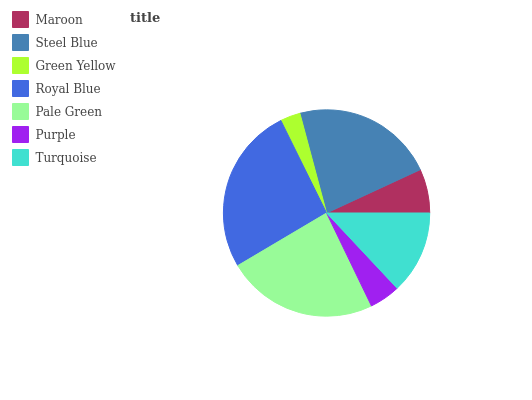
| Maroon | Steel Blue | Green Yellow | Royal Blue | Pale Green | Purple | Turquoise |
 | --- | --- | --- | --- | --- | --- | --- |
 | 6.88% | 22.3% | 3.15% | 26.2% | 23.7% | 4.82% | 13% |